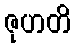
ဇုဟတိ